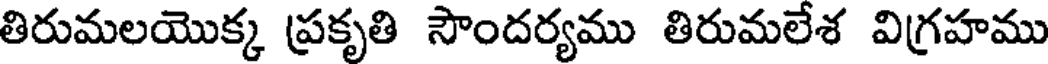
తిరుమలయొక్క ప్రకృతి సౌందర్యము తిరుమలేశ విగ్రహము